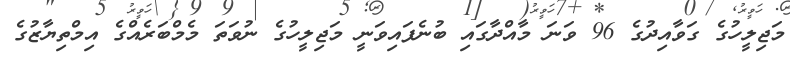
މަޖިލީހުގެ ގަވާއިދުގެ 96 ވަނަ މާއްދާގައި ބުނެފައިވަނީ މަޖިލީހުގެ ނުވަތަ މެމްބަރެއްގެ އިމްތިޔާޒުގެ